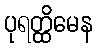
ပုရတ္ထိမေန